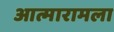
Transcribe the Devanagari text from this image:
आत्मारामला